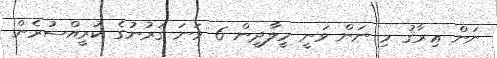
ނަން ޢިރާޤު މި ނަން ވަނީ މީލާދީން 6 ވަނަ ޤަރުނުގެ ކުރީއްސުރެން